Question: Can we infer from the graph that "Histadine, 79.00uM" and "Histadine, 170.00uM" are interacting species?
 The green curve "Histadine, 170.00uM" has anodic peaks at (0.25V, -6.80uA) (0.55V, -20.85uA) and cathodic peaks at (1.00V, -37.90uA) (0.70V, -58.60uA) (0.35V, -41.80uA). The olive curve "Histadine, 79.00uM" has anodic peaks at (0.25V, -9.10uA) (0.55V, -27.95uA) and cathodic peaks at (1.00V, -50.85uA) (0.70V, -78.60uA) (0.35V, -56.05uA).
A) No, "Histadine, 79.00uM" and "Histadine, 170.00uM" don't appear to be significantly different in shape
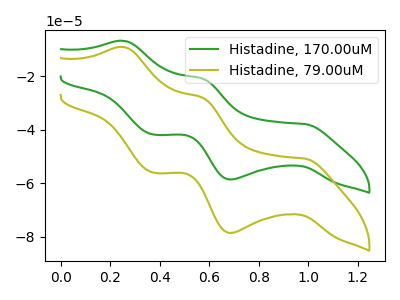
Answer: <think>All the peaks in "Histadine, 79.00uM" have a peak in "Histadine, 170.00uM" at the same potential.
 </think>
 <answer>A) No, "Histadine, 79.00uM" and "Histadine, 170.00uM" don't appear to be significantly different in shape</answer>
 <eval>A</eval>